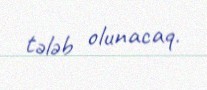
tələb olunacaq.